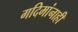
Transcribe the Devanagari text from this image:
गदिमांनाही